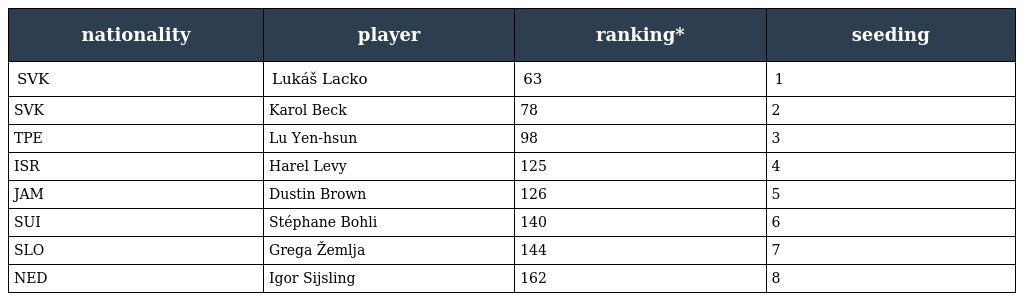
| nationality | player | ranking* | seeding |
 | --- | --- | --- | --- |
 | SVK | Lukáš Lacko | 63 | 1 |
 | SVK | Karol Beck | 78 | 2 |
 | TPE | Lu Yen-hsun | 98 | 3 |
 | ISR | Harel Levy | 125 | 4 |
 | JAM | Dustin Brown | 126 | 5 |
 | SUI | Stéphane Bohli | 140 | 6 |
 | SLO | Grega Žemlja | 144 | 7 |
 | NED | Igor Sijsling | 162 | 8 |